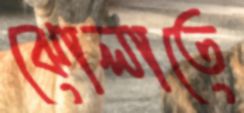
ঝোলাতে